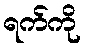
ရက်ကို